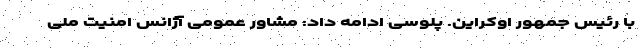
با رئیس جمهور اوکراین. پلوسی ادامه داد: مشاور عمومی آژانس امنیت ملی